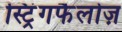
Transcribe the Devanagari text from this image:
स्ट्रिंगफैलोज़